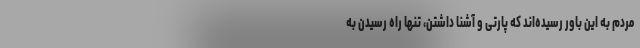
مردم به این باور رسیده‌اند که پارتی و آشنا داشتن، تنها راه رسیدن به